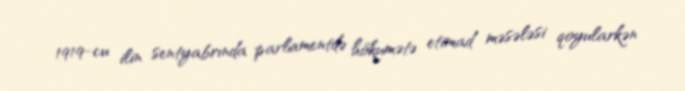
1919-cu ilin sentyabrında parlamentdə hökumətə etimad məsələsi qoyularkən